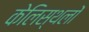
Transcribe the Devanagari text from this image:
केलिस्थलों